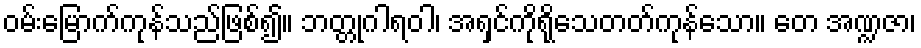
ဝမ်းမြောက်ကုန်သည်ဖြစ်၍။ ဘတ္တုဂါရဝါ၊ အရှင်ကိုရိုသေတတ်ကုန်သော။ တေ အဏ္ဍဇာ၊